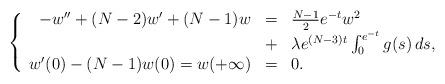
LaTeX: \begin{align*}\left\{ \begin{array}{rcl}-w'' + (N-2)w' + (N-1)w &=& \frac{N-1}{2} e^{-t} w^2 \\&+& \lambda e^{(N-3)t} \int_0^{e^{-t}} g(s) \, ds, \\w'(0) - (N-1) w(0) = w(+\infty) &=& 0.\end{array}\right.\end{align*}